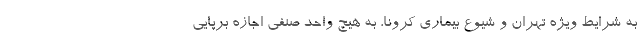
به شرایط ویژه تهران و شیوع بیماری کرونا، به هیچ واحد صنفی اجازه برپایی